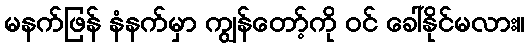
မနက်ဖြန် နံနက်မှာ ကျွန်တော့်ကို ဝင် ခေါ်နိုင်မလား။